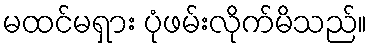
မထင်မရှား ပုံဖမ်းလိုက်မိသည်။